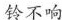
铃不响